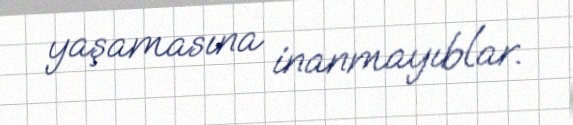
yaşamasına inanmayıblar.